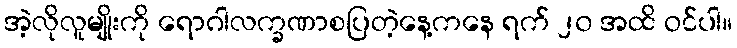
အဲ့လိုလူမျိုးကို ရောဂါလက္ခဏာစပြတဲ့နေ့ကနေ ရက် ၂၀ အထိ ဝင်ပါ။